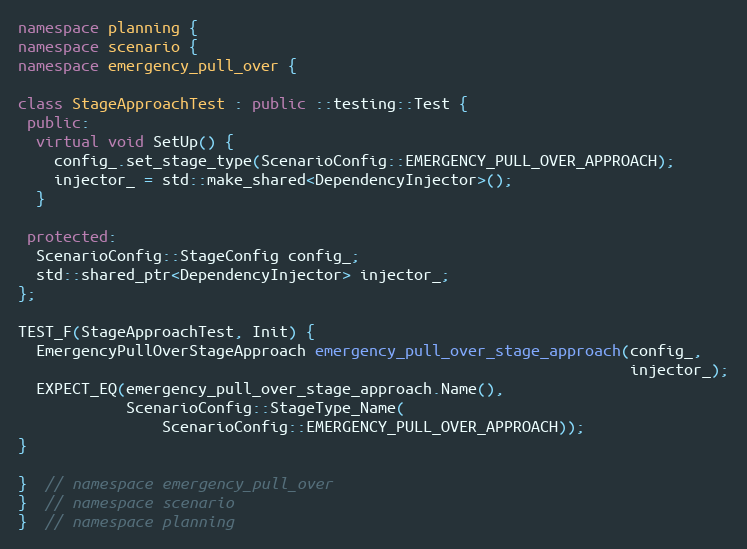
Language: C++
namespace planning {
namespace scenario {
namespace emergency_pull_over {

class StageApproachTest : public ::testing::Test {
 public:
  virtual void SetUp() {
    config_.set_stage_type(ScenarioConfig::EMERGENCY_PULL_OVER_APPROACH);
    injector_ = std::make_shared<DependencyInjector>();
  }

 protected:
  ScenarioConfig::StageConfig config_;
  std::shared_ptr<DependencyInjector> injector_;
};

TEST_F(StageApproachTest, Init) {
  EmergencyPullOverStageApproach emergency_pull_over_stage_approach(config_,
                                                                    injector_);
  EXPECT_EQ(emergency_pull_over_stage_approach.Name(),
            ScenarioConfig::StageType_Name(
                ScenarioConfig::EMERGENCY_PULL_OVER_APPROACH));
}

}  // namespace emergency_pull_over
}  // namespace scenario
}  // namespace planning